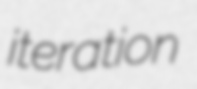
iteration